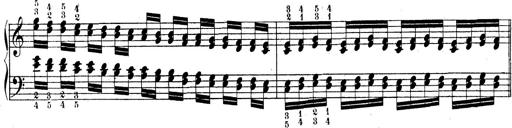
Title: Technische Studien
Composer: Franz Liszt